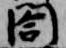
閤